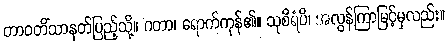
တာဝတိံသာနတ်ပြည့်သို့။ ဂတာ၊ ရောက်ကုန်၏။ သုစိရံပိ၊ အလွန်ကြာမြင့်မှလည်း။